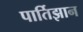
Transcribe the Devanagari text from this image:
पार्तिझान